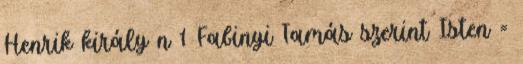
Henrik király n 1 Fabinyi Tamás szerint Isten =